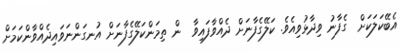
އެބޭކަލަކަށް  ގެފާނު ވިދާޅުވިއެވެ. ކަލޭގެފާނަށް ދެއްވާފައިވާ  ން ތިމަންކަލޭގެފާނަށް އުނގަންނަވައިދެއްވާންކަމަށް